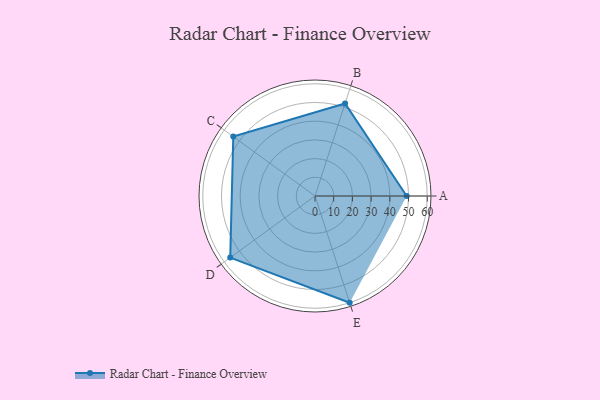
{"axis": {"x": "Skill", "y": "Score"}, "legend": ["Profile"], "data": [{"x": "A", "y": 49.0, "type": "Profile"}, {"x": "B", "y": 52.0, "type": "Profile"}, {"x": "C", "y": 54.0, "type": "Profile"}, {"x": "D", "y": 56.0, "type": "Profile"}, {"x": "E", "y": 60.0, "type": "Profile"}]}